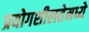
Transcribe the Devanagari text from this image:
प्रयोगशीलतेमध्ये